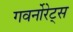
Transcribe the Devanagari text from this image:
गवर्नोरेट्स